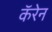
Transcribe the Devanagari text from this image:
कॅरेन